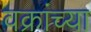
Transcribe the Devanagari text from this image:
वक्रांच्या